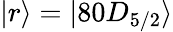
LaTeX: |r\rangle=|80D_{5/2}\rangle